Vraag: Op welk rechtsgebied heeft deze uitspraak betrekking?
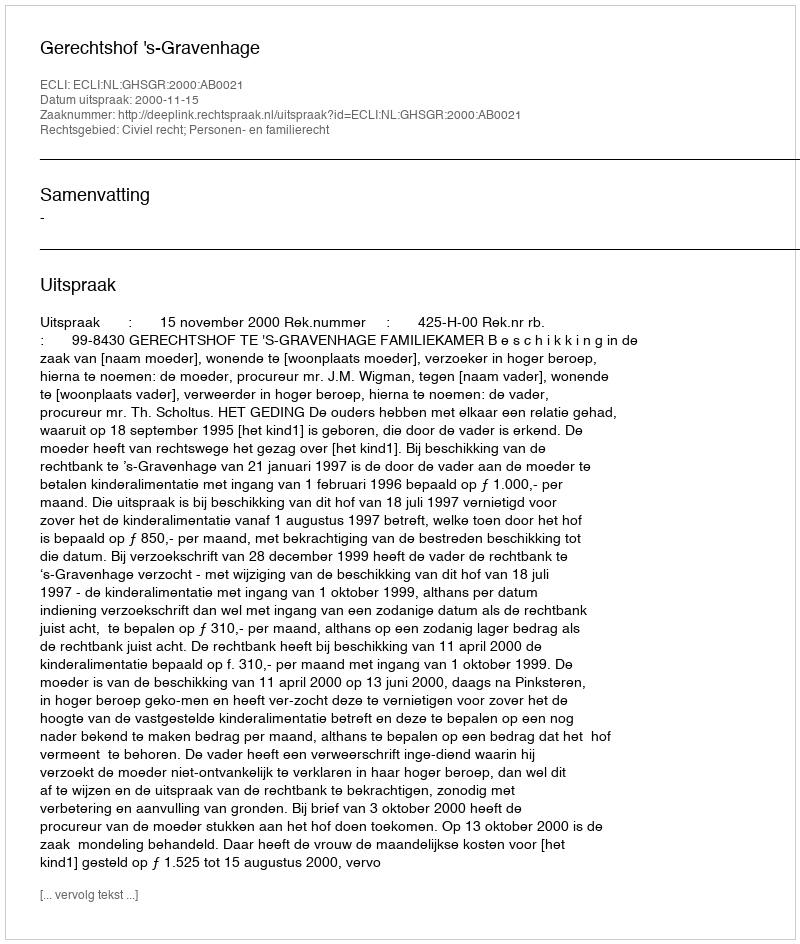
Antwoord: Civiel recht; Personen- en familierecht